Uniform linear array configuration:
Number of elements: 12
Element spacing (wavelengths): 1
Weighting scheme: blackman
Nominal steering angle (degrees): -30
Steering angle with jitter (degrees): -29.621
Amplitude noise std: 0.05
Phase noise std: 0.05

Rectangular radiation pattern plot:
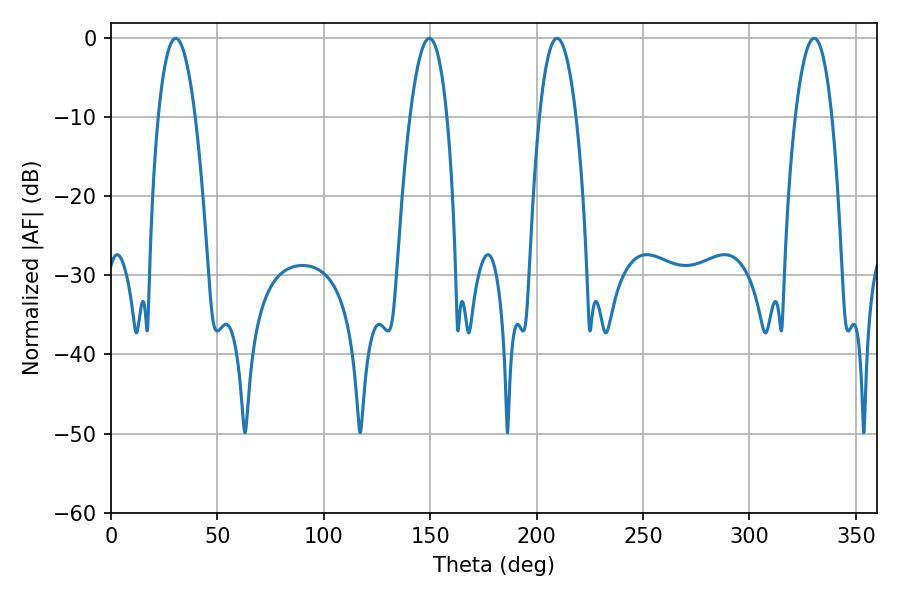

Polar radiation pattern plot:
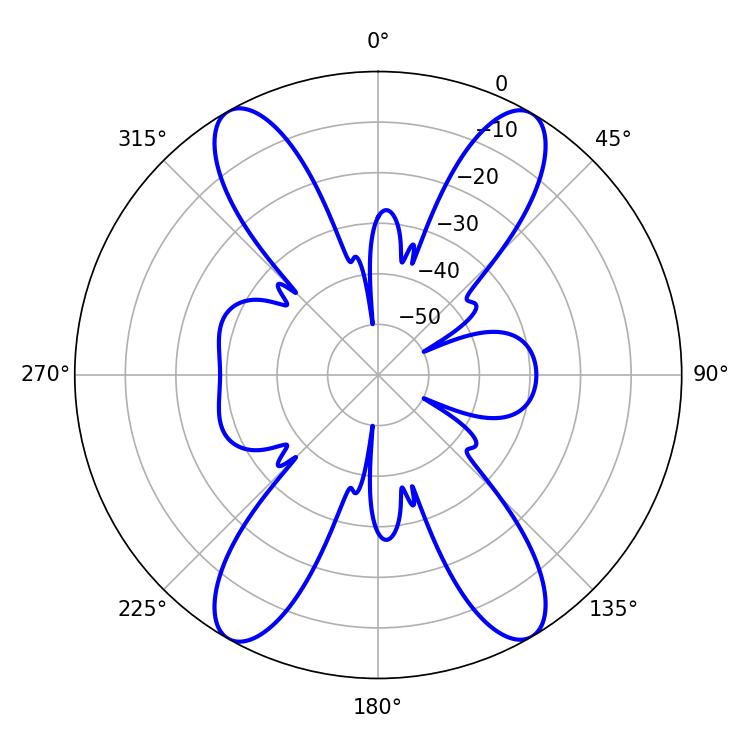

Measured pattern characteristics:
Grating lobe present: TRUE
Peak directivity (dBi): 25.401
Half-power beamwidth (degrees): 9.54
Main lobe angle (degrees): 30.42